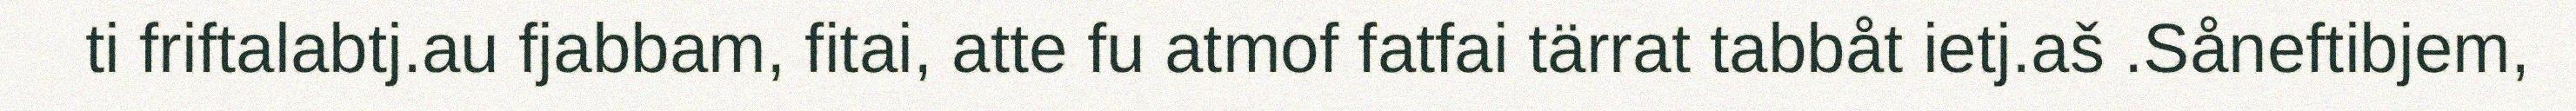
ti friftalabtj.au fjabbam, fitai, atte fu atmof fatfai tärrat tabbåt ietj.aš .Såneftibjem,